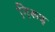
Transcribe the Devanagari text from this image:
निरूढ़